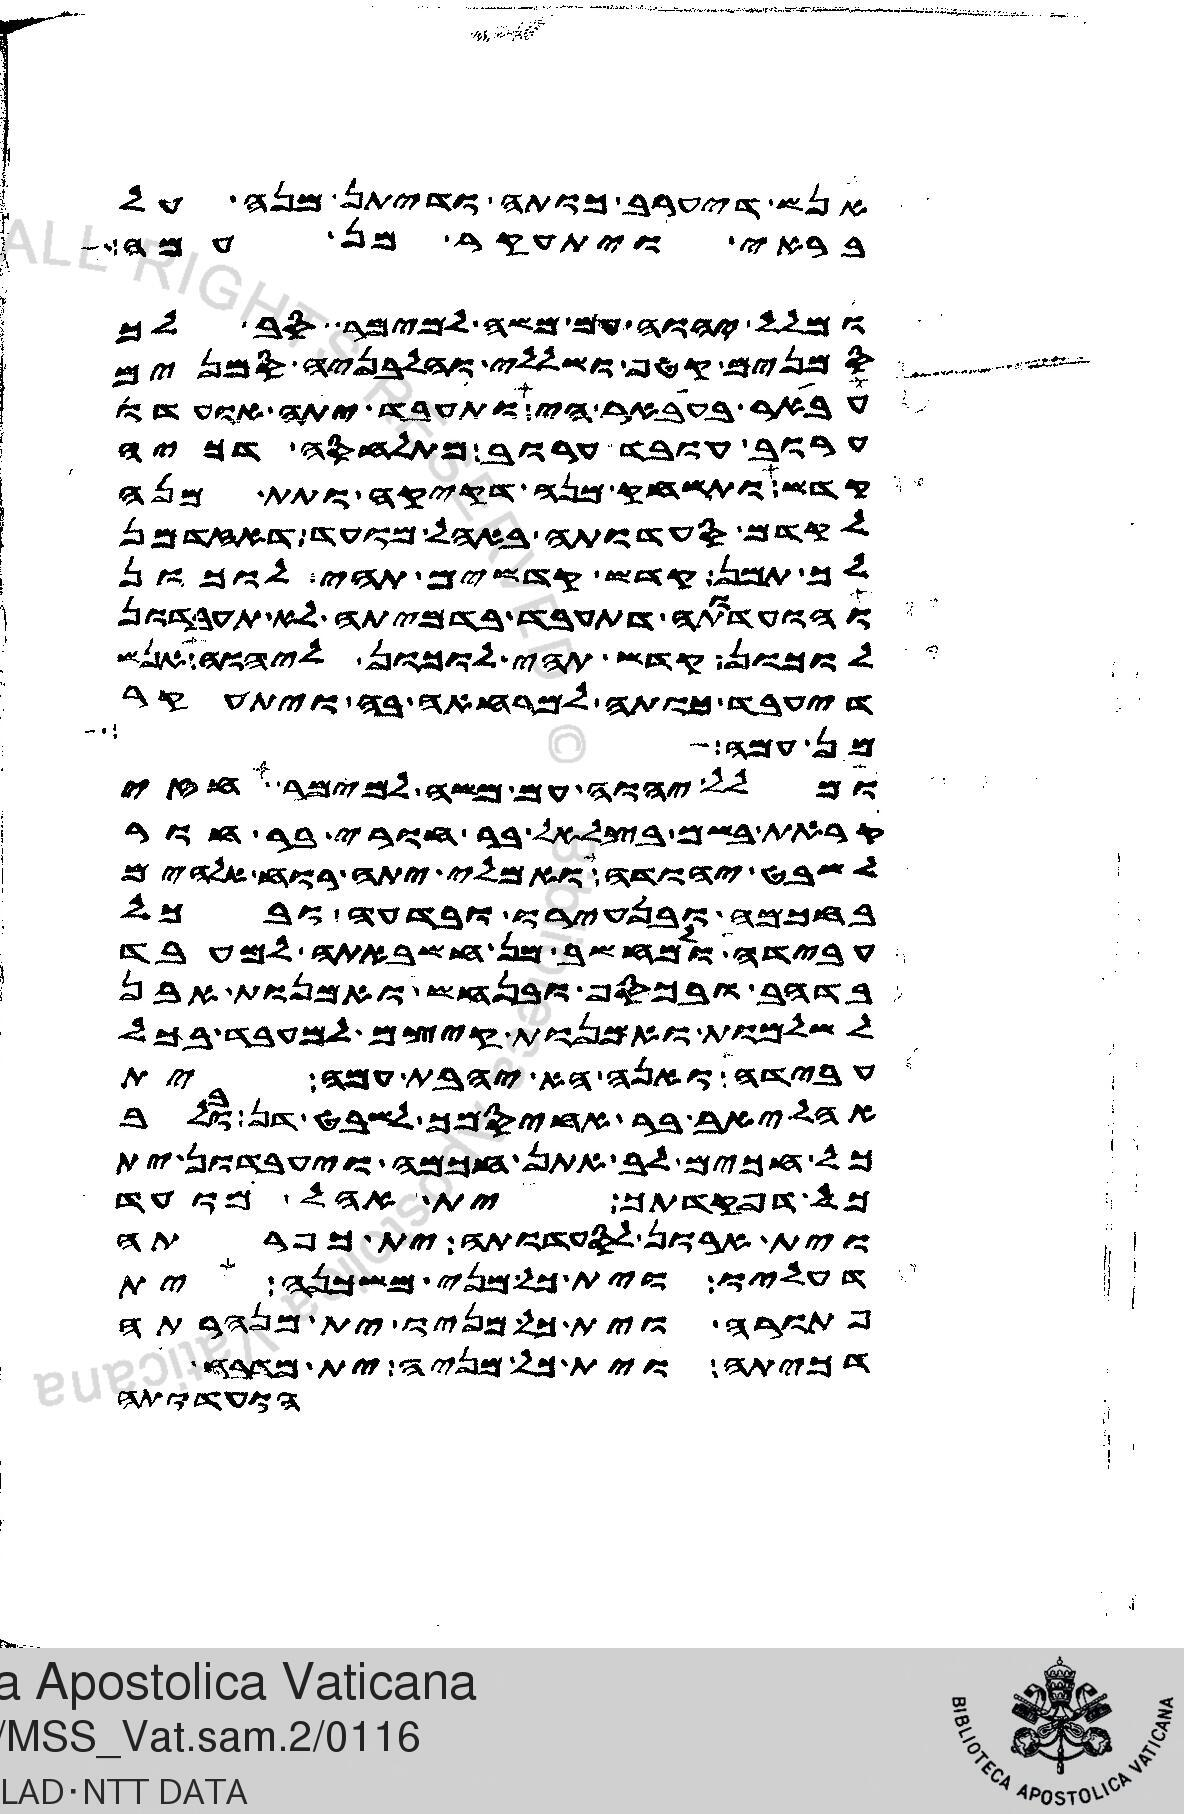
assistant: אנש דיערב כותה ודיתן מנה על
בראי ויתעקר מן עמה
ומלל יהוה עם משה למימר סב לך
סמנים קטף ושללי והלבניה סמנים
עבאר בעאבר הי ותעבד יתה אועדו
ערוב עובד ערוב מתלחסה דכיה
קדש ותשחק מנה דקיקה ותתן מנה
לקדם סעדותה באהל מועד דאזדמן
לך תמן קדש קדשים תהי לוכון
והועדותה דתעבד בדמיתה לא תעבדון
לוכון קדש תהי לוכון ליהוה אנש
דיעבד כותה למרחאה בה ויתעקר
מן עמה ברן
ומלל יהוה עם משה למימר חזי
קראת בשם בצלאל בר חורי בר חור
לשבט יהודה ואמלי יתה רוח אלהים
בחכמה ובנעירו ובדעה ובכל
עבידה ולמחשב מן חשבאתה למעבד
בדהב ובכסף ובנחש ואמנות אבן
לשלמות ואמנות קיצם למעבד בכל
עבידה ואנה הא יהבת עמה ית
אהליב בר אחיסמך לשבט דן ובלב
כל חכים לב אתן חכמה ויעבדון ית
כל דפקדתך ית אהל מועד
וית ארון לסעדותה וית כפרתה
דעליו וית כל מני משכנה ית
פתורה וית כל מניו ית מנהרתה
דכיתה וית כל מניה ית מדבח
הועדותה